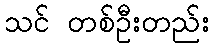
သင် တစ်ဦးတည်း